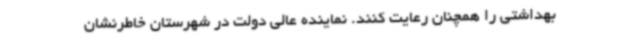
بهداشتی را همچنان رعایت کنند. نماینده عالی دولت در شهرستان خاطرنشان